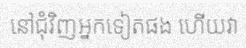
នៅជុំវិញអ្នកទៀតផង ហើយវា